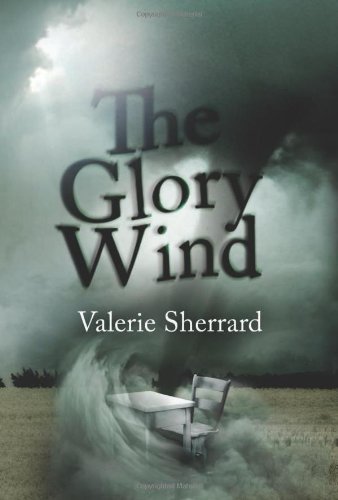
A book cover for The Glory Wind; Valerie Sherrard; Teen & Young Adult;